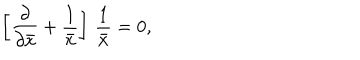
\left[ { \frac { \partial } { \partial \bar { x } } } + { \frac { 1 } { \bar { x } } } \right] \, { \frac { 1 } { \bar { x } } } = 0 ,